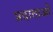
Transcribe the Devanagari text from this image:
प्रदाताओ